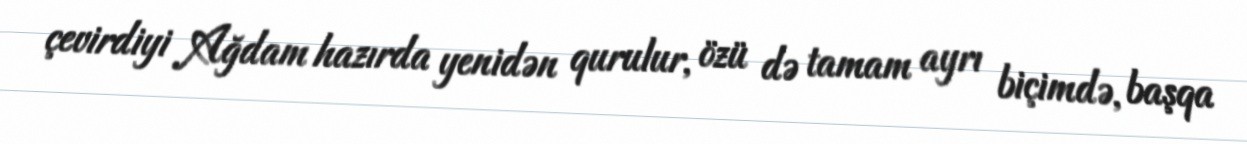
çevirdiyi Ağdam hazırda yenidən qurulur, özü də tamam ayrı biçimdə, başqa